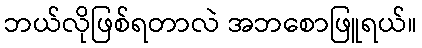
ဘယ်လိုဖြစ်ရတာလဲ အဘစောဖြူရယ်။